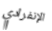
الإنفرادي